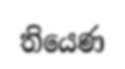
තියෙණ